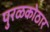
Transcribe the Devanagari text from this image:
पुरळकोठार